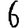
Digit: 6